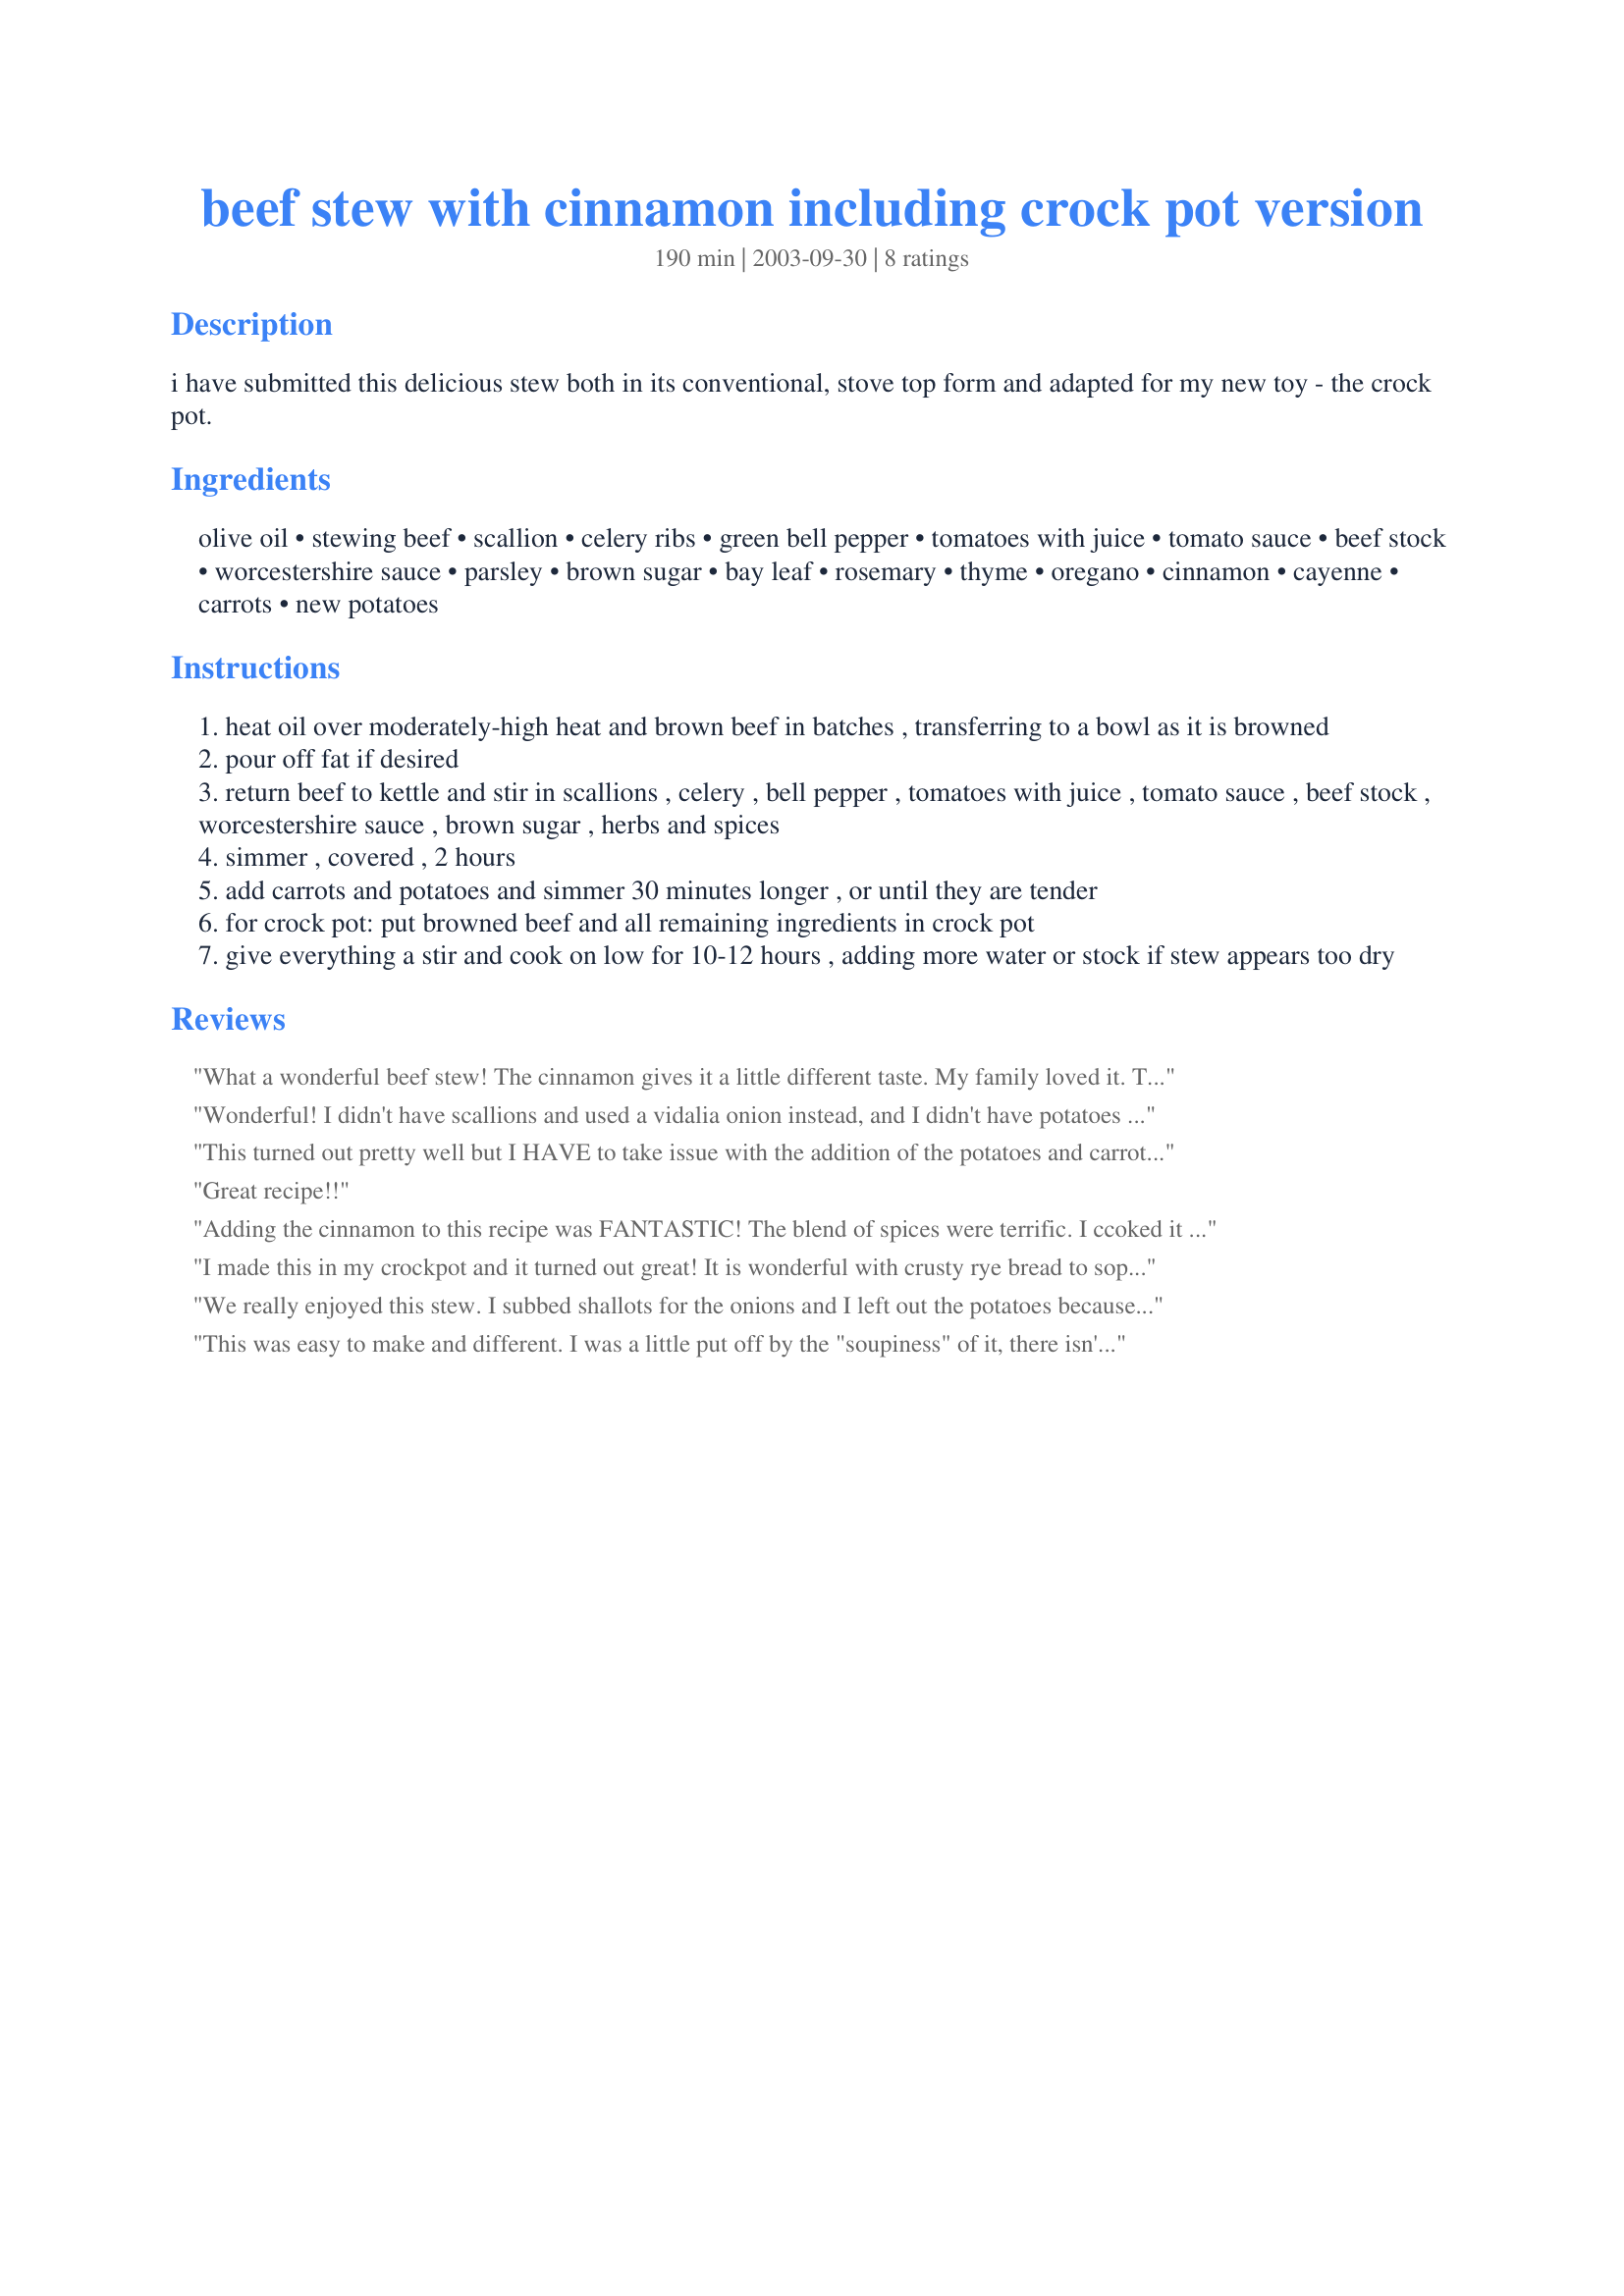
beef stew with cinnamon including crock pot version
Preparation time: 190 minutes

i have submitted this delicious stew both in its conventional, stove top form and adapted for my new toy - the crock pot.

Ingredients:
olive oil, stewing beef, scallion, celery ribs, green bell pepper, tomatoes with juice, tomato sauce, beef stock, worcestershire sauce, parsley, brown sugar, bay leaf, rosemary, thyme, oregano, cinnamon, cayenne, carrots, new potatoes

Steps:
heat oil over moderately-high heat and brown beef in batches , transferring to a bowl as it is browned
pour off fat if desired
return beef to kettle and stir in scallions , celery , bell pepper , tomatoes with juice , tomato sauce , beef stock , worcestershire sauce , brown sugar , herbs and spices
simmer , covered , 2 hours
add carrots and potatoes and simmer 30 minutes longer , or until they are tender
for crock pot: put browned beef and all remaining ingredients in crock pot
give everything a stir and cook on low for 10-12 hours , adding more water or stock if stew appears too dry

Reviews:
What a wonderful beef stew! The cinnamon gives it a little different taste. My family loved it. Thanks, Evelyn, for a great recipe.
Wonderful! I didn't have scallions and used a vidalia onion instead, and I didn't have potatoes on hand and made it anway...wonderful recipe. I'm looking forward to the "real deal" with potatoes next time. Thanks for sharing!
This turned out pretty well but I HAVE to take issue with the addition of the potatoes and carrots in the last 30 minutes. Not long enough! Both were still kind of raw. I will throw them in earlier(as my instinct told me to do at the time) so that the stew texture is a little more even. Taste-wise, this was good. Cinnamon added an interesting, almost smoky note. Might think about adding a little chipotle flavor next time.
Great recipe!!
Adding the cinnamon to this recipe was FANTASTIC! The blend of spices were terrific. I ccoked it in my 6 quart Rival crock pot for six hours. Served it with a side salad and dinner rolls. I will still make my traditional stew but will also interchange this recipe occassionally when I am looking for a change. Thanks for posting.
I made this in my crockpot and it turned out great! It is wonderful with crusty rye bread to sop up the sauce. The only change I would make is to cut back a bit on the liquid. I can hardly wait to taste the leftovers!
We really enjoyed this stew. I subbed shallots for the onions and I left out the potatoes because we were out. I added some frozen corn and peas. I also used apple juice instead of beef stock. I made it in the crockpot and because I got a late start I cooked it on high for about 6 hours. I did need to add some more liquid, probably because I forgot to add the tomato sauce. We ate it over egg noodles.
This was easy to make and different. I was a little put off by the "soupiness" of it, there isn't any "stew" thickening to it really. But my husband liked the consistency of it, and the taste as well. It was easy to make and smelled great cooking. I found my potatoes and carrots had to simmer quite a bit longer than 30 minutes to soften up. I'm not sure I've made a beef stew without yellow onions or garlic...so this was a wonderful "deviation!" Thanks!
